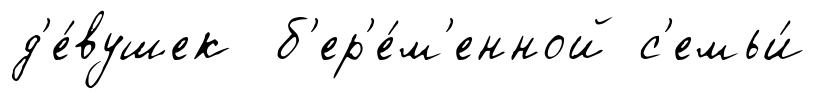
д'е́вушек б'ер'е́м'енной с'емьи́